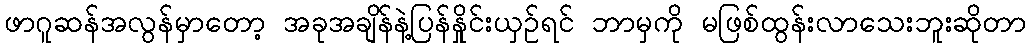
ဖာဂူဆန်အလွန်မှာတော့ အခုအချိန်နဲ့ပြန်နှိုင်းယှဉ်ရင် ဘာမှကို မဖြစ်ထွန်းလာသေးဘူးဆိုတာ